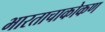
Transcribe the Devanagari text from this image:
भारताचाकोकण